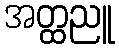
အတ္ထညူ